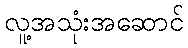
လူ့အသုံးအဆောင်